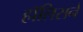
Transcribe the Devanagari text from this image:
हॉलिसने